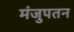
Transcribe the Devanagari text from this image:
मंजुपतन